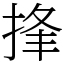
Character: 捀